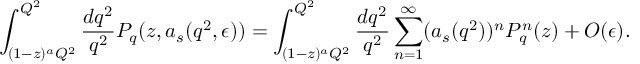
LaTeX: \int _ { ( 1 - z ) ^ { a } Q ^ { 2 } } ^ { Q ^ { 2 } } \frac { d q ^ { 2 } } { q ^ { 2 } } P _ { q } ( z , a _ { s } ( q ^ { 2 } , \epsilon ) ) = \int _ { ( 1 - z ) ^ { a } Q ^ { 2 } } ^ { Q ^ { 2 } } \frac { d q ^ { 2 } } { q ^ { 2 } } \sum _ { n = 1 } ^ { \infty } ( a _ { s } ( q ^ { 2 } ) ) ^ { n } P _ { q } ^ { n } ( z ) + O ( \epsilon ) .